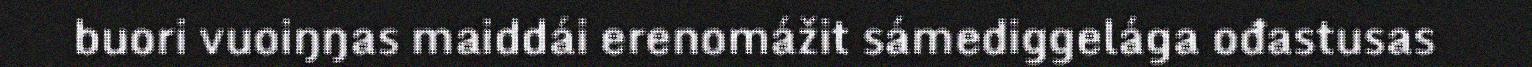
buori vuoiŋŋas maiddái erenomážit sámediggelága ođastusas